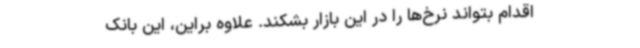
اقدام بتواند نرخ‌ها را در این بازار بشکند. علاوه براین، این بانک